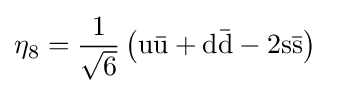
\mathrm {\eta } _{8}={\frac {1}{\sqrt {6}}}\left(\mathrm {u{\bar {u}}+d{\bar {d}}-2s{\bar {s}}} \right)~